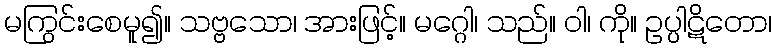
မကြွင်းစေမူ၍။ သဗ္ဗသော၊ အားဖြင့်။ မဂ္ဂေါ၊ သည်။ ဝါ၊ ကို။ ဥပ္ပါဋိတော၊